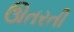
ઊતરતી